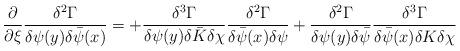
LaTeX: \begin{align*}\frac{\partial}{\partial\xi}\frac{\delta^2\Gamma}{\delta\psi(y)\delta\bar\psi(x)} =+\frac{\delta^3\Gamma}{\delta\psi(y)\delta\bar K\delta \chi}\frac{\delta^2\Gamma}{\delta\bar\psi(x)\delta\psi}+\frac{\delta^2\Gamma}{\delta\psi(y)\delta\bar\psi}\frac{\delta^3\Gamma}{\delta\bar\psi(x)\delta K\delta\chi}\end{align*}